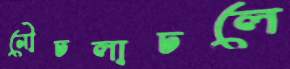
নৌচলাচলে